Lunatic asylums Central Provinces reports 1874-1885 - 1874-1885
Year: 1874
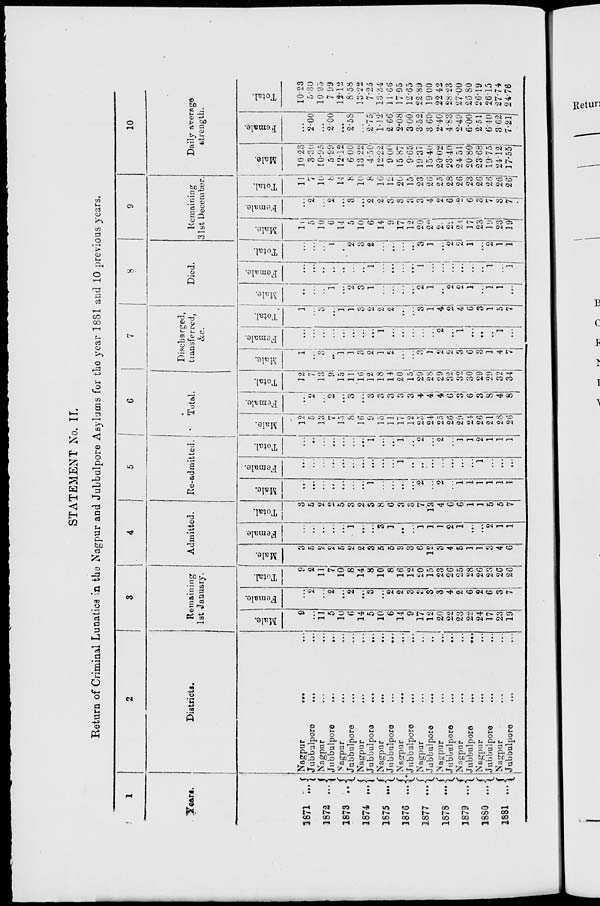
STATEMENT No. II.
Return of Criminal Lunatics in the Nagpur and Jubbulpore Asylums for the year 1881 and 10 previous years.
1
Years.
1871 ...
1872 ...
1873
...
1874
...
1875 ...
1876
...
1877
...
1878
...
1879
...
1880
...
1881
...
2
Districts.
Nagpur
...
...
Jubbulpore ... ...
Nagpur
...
...
Jubbulpore
...
...
Nagpur ... ...
Jubbulpore ... ...
Nagpur ... ...
Jubbulpore
...
...
Nagpur
...
...
Jubbulpore
...
...
Nagpur
...
...
Jubbulpore ... ...
Nagpur ... ...
Jubbulpore ... ...
Nagpur ... ...
Jubbulpore ... ...
Nagpur
...
...
Jubbulpore
...
...
Nagpur ... ...
Jubbulpore ... ...
Nagpur ... ...
Jubbulpore ... ...
3
Remaining
1st January.
Male.
9
...
11
5
10
6
14
5
10
6
14
9
17
12
20
22
23
22
24
17
23
19
Female.
...
2
...
2
...
2
...
3
...
2
2
3
3
3
3
4
2
6
2
6
3
7
Total
9
2
11
7
10
8
14
8
10
8
16
12
20
15
23
26
25
28
26
23
26
26
4
Admitted.
Male.
3
5
2
2
5
2
2
3
5
5
3
3
6
12
3
4
5
1
1
3
4
6
Female.
...
...
...
...
...
1
...
...
3
1
...
...
1
1
1
2
1
...
...
2
1
1
Total.
3
5
2
2
5
3
2
3
8
6
3
3
7
13
4
6
6
1
1
5
5
7
5
Re-admitted.
Male.
...
...
...
...
...
...
...
1
...
...
...
...
2
...
2
...
1
1
1
1
1
1
Female.
...
...
...
...
...
...
...
...
...
...
1
...
...
...
...
...
...
...
1
...
...
...
Total.
...
...
...
...
...
...
...
1
...
...
1
...
2
...
2
...
1
1
2
1
1
1
6
Total.
Male.
12
5
13
7
15
8
16
9
15
11
17
12
25
24
25
26
29
24
26
21
28
26
Female.
...
2
...
2
...
3
...
3
3
3
3
3
4
4
4
6
3
6
3
8
4
8
Total.
12
7
13
9
15
11
16
12
18
14
20
15
29
28
29
32
32
30
29
29
32
34
7
Discharged,
transferred,
&c.
Male.
1
...
3
...
1
1
3
2
1
2
...
...
3
1
2
2
3
6
3
1
4
7
Female.
...
...
...
...
...
...
...
...
1
...
...
...
...
...
2
...
1
...
...
...
1
...
Total.
1
...
3
...
1
1
3
2
2
2
...
...
3
1
4
2
4
6
3
1
5
7
8
Died.
Male.
...
...
...
1
...
2
3
1
...
...
...
...
2
1
...
2
2
1
...
1
1
...
Female.
...
...
...
...
...
...
...
1
...
...
...
...
1
...
...
...
...
...
...
1
...
1
Total.
...
...
...
1
...
2
3
2
...
...
...
...
3
1
...
2
2
1
...
2
1
1
9
Remaining
31 st December.
Male.
11
5
10
6
14
5
10
6
14
9
17
12
20
22
22
22
24
17
23
19
23
19
Female.
...
2
...
2
...
3
...
2
2
3
3
3
3
4
2
6
2
6
3
7
3
7
Total.
11
7
10
8
14
8
10
8
16
12
20
15
23
26
25
28
26
23
26
26
26
26
10
Daily average
strength.
Male.
10.23
3.30
10.95
5.99
12.12
6.00
13.22
4.50
12.22
9.00
15.87
9.65
19.37
15.40
20.02
23.40
24.51
20.80
23.68
19.75
24.12
17.55
Female.
...
2.00
...
2.00
...
2.58
...
2.75
1.12
2.66
2.08
3.00
3.52
3.60
2.40
4.83
2.49
6.00
2.51
6.40
3.62
7.21
Total.
10.23
5.30
10.95
7.99
12.12
8.58
13.22
7.25
13.34
11.66
17.95
12.65
22.89
19.00
22.42
28.23
27.00
26.80
26.19
26.15
27.74
24.76